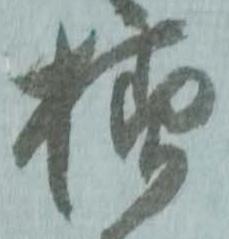
様